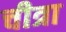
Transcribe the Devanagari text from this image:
चीत्रा